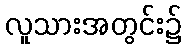
လူသားအတွင်း၌